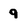
Character: 9